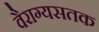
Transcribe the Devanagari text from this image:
वैराग्यसतक